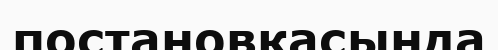
постановкасында